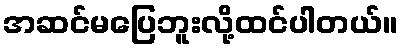
အဆင်မပြေဘူးလို့ထင်ပါတယ်။